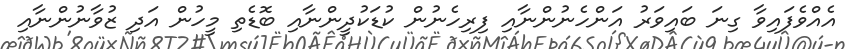
އެއްވެފައިވާ ގިނަ ބައިވަރު އަންހެނުންނާއި ފިރިހެނުން ކުޑަކުދީންނާއި ބޮޑެތި މީހުން އަދި ޒުވާނުންނާއި